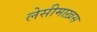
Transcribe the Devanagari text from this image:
लेसीमाख़स